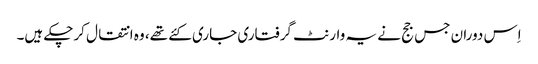
اِس دوران جس جج نے یہ وارنٹ گرفتاری جاری کئے تھے، وہ انتقال کرچکے ہیں۔